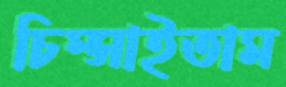
চিম্‌সাইতাম